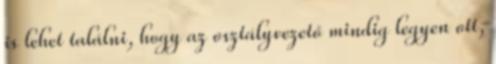
is lehet találni, hogy az osztályvezető mindig legyen ott,